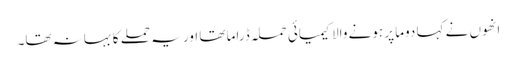
انھوں نے کہا دوما پر ہونے والا کیمیائی حملہ ڈراما تھا اور یہ حملے کا بہانہ تھا۔